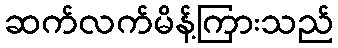
ဆက်လက်မိန့်ကြားသည်